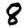
Digit: 8